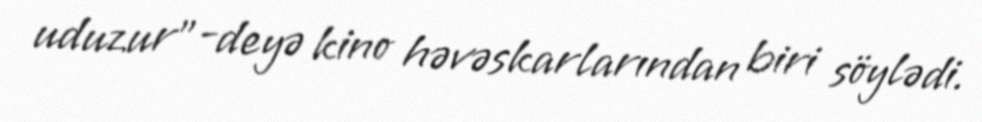
uduzur"-deyə kino həvəskarlarından biri söylədi.